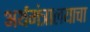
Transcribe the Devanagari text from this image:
अर्थमंत्रालयाचा